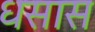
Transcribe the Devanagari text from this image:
धसास